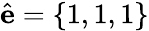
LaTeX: \hat{\mathbf{e}}=\left\{ 1,1,1\right\}